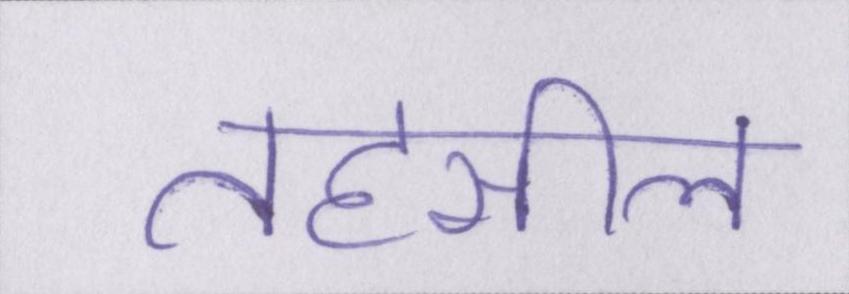
तहसील